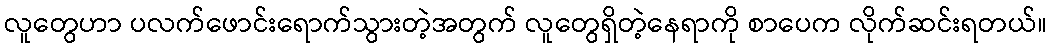
လူတွေဟာ ပလက်ဖောင်းရောက်သွားတဲ့အတွက် လူတွေရှိတဲ့နေရာကို စာပေက လိုက်ဆင်းရတယ်။